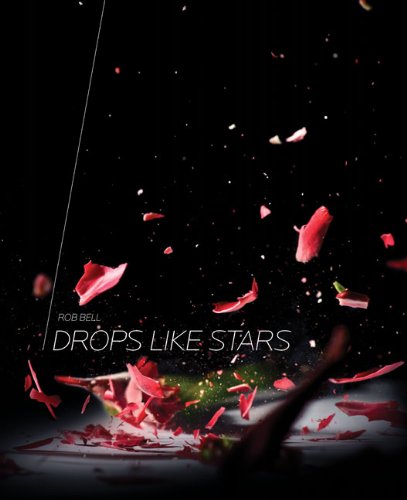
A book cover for Drops Like Stars: A Few Thoughts on Creativity and Suffering; Rob Bell; Christian Books & Bibles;